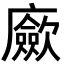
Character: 𢌃